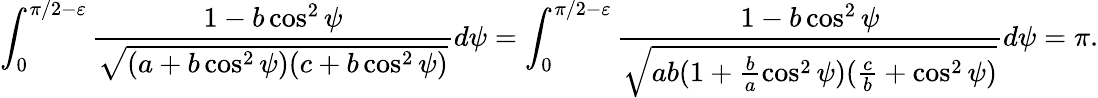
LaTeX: \int_{0}^{\pi/2-\varepsilon}\frac{1-b\cos^{2}\psi}{\sqrt{(a+b\cos^{2}\psi)(c+b\cos^{2}\psi)}}d\psi=\int_{0}^{\pi/2-\varepsilon}\frac{1-b\cos^{2}\psi}{\sqrt{ab(1+\frac{b}{a}\cos^{2}\psi)(\frac{c}{b}+\cos^{2}\psi)}}d\psi=\pi.